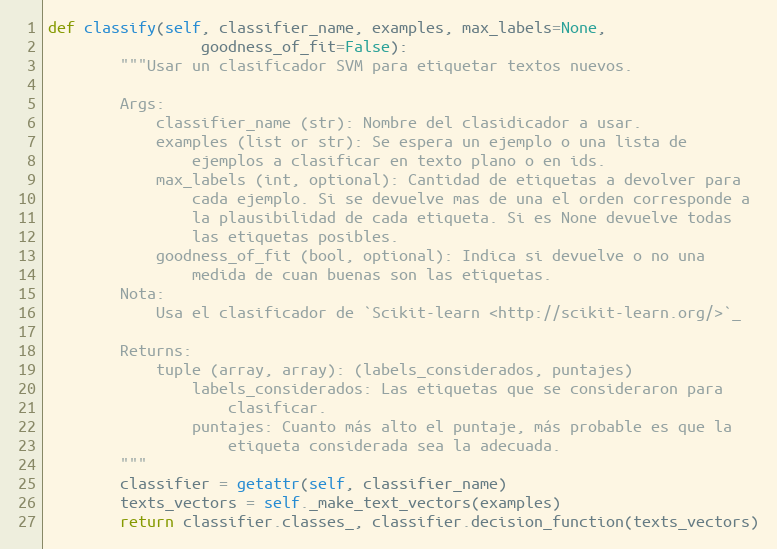
Language: Python
def classify(self, classifier_name, examples, max_labels=None,
                 goodness_of_fit=False):
        """Usar un clasificador SVM para etiquetar textos nuevos.

        Args:
            classifier_name (str): Nombre del clasidicador a usar.
            examples (list or str): Se espera un ejemplo o una lista de
                ejemplos a clasificar en texto plano o en ids.
            max_labels (int, optional): Cantidad de etiquetas a devolver para
                cada ejemplo. Si se devuelve mas de una el orden corresponde a
                la plausibilidad de cada etiqueta. Si es None devuelve todas
                las etiquetas posibles.
            goodness_of_fit (bool, optional): Indica si devuelve o no una
                medida de cuan buenas son las etiquetas.
        Nota:
            Usa el clasificador de `Scikit-learn <http://scikit-learn.org/>`_

        Returns:
            tuple (array, array): (labels_considerados, puntajes)
                labels_considerados: Las etiquetas que se consideraron para
                    clasificar.
                puntajes: Cuanto más alto el puntaje, más probable es que la
                    etiqueta considerada sea la adecuada.
        """
        classifier = getattr(self, classifier_name)
        texts_vectors = self._make_text_vectors(examples)
        return classifier.classes_, classifier.decision_function(texts_vectors)